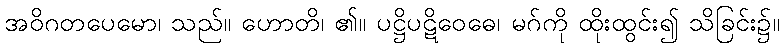
အဝိဂတပေမော၊ သည်။ ဟောတိ၊ ၏။ ပဋ္ဌိပဋိဝေဓေ၊ မဂ်ကို ထိုးထွင်း၍ သိခြင်း၌။